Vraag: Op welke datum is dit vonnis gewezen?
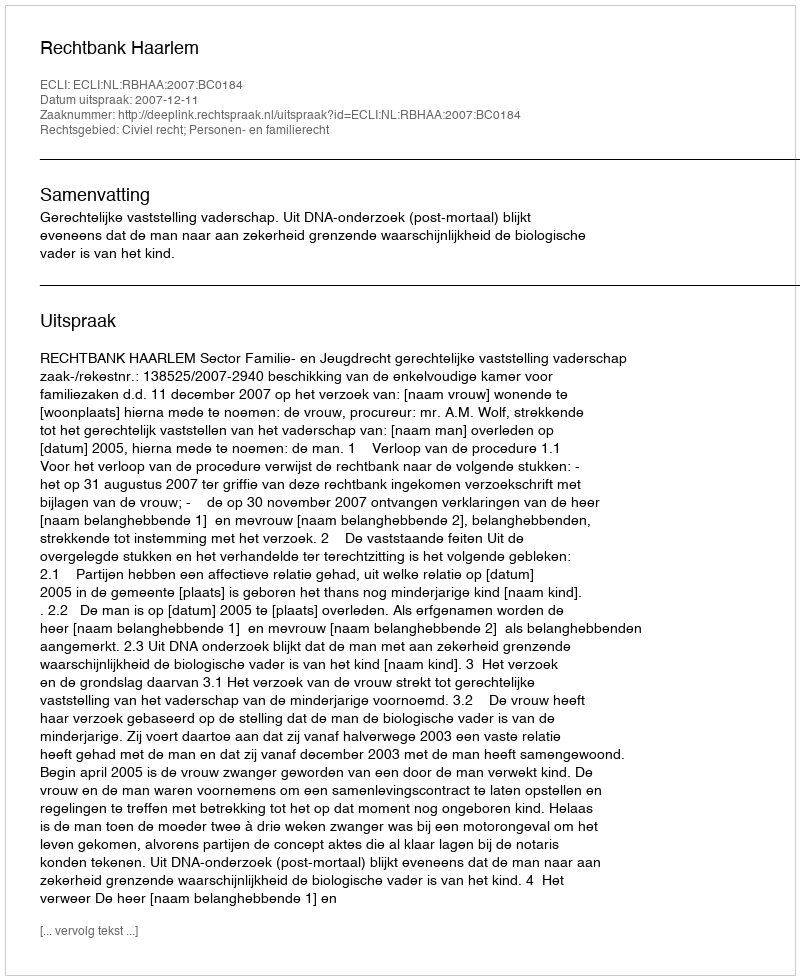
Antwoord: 2007-12-11